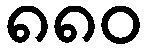
၈၈၀